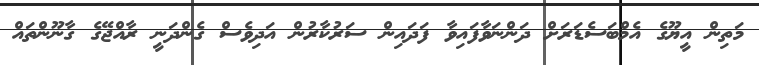
މަތިން އީޔޫގެ އެމްބަސެޑަރަށް ދަންނަވާފައިވާ ފަދައިން ސަރުކާރުން އަދިވެސް ގެންދަނީ ރާއްޖޭގެ ގާނޫންތައް